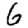
Digit: 6